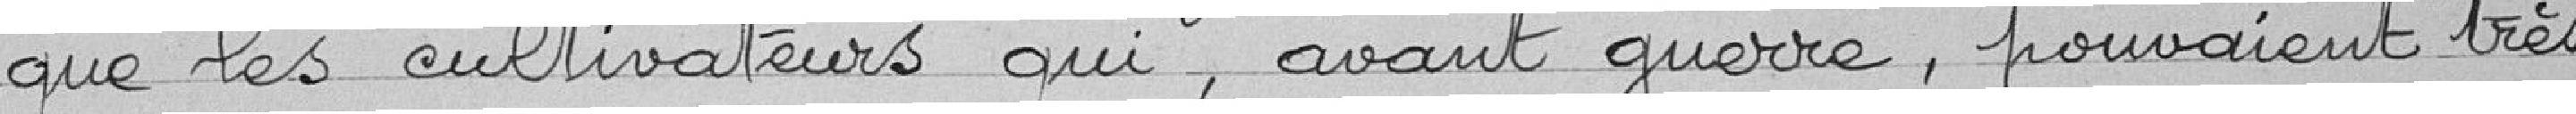
Que les cultivateurs qui, avant guerre, pouvaient très